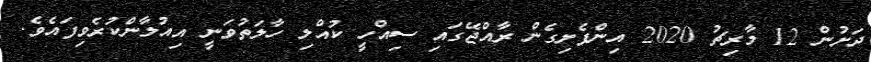
ދަށުން 12 މާރިޗު 2020 އިންފެށިގެން ރާއްޖޭގައި ސިއްހީ ކުއްލި ހާލަތުވަނީ އިއުލާންކުރެވިފައެވެ.